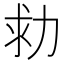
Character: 𠡟